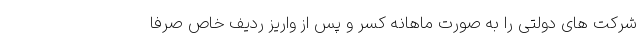
شرکت های دولتی را به صورت ماهانه کسر و پس از واریز ردیف خاص صرفاً